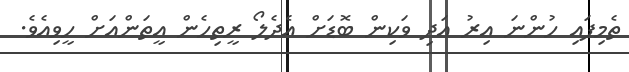
ތެމިފައި ހުންނަ އިރު އަދި ވަކިން ބޮޑަށް އެދެލޯ ރީތިހެން އީތަންއަށް ހީވިއެވެ.